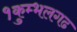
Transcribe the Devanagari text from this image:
१कुम्भलगढ